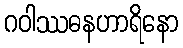
ဂဝါဿဓနဟာရိနော